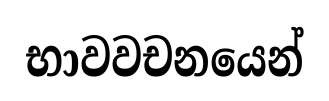
භාවවචනයෙන්